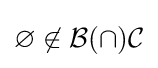
\varnothing \not \in {\mathcal {B}}(\cap ){\mathcal {C}}